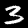
Label: 3